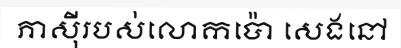
ភាស៊ីរបស់លោកប៉ោ សេងនៅ